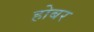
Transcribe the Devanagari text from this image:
होबर